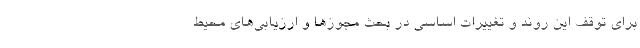
برای توقف این روند و تغییرات اساسی در بحث مجوزها و ارزیابی‌های محیط